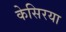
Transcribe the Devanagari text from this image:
केसिरया